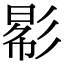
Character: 𢒠